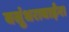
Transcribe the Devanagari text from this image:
वसुंधराबाईंना